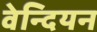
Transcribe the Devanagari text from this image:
वेन्दियन